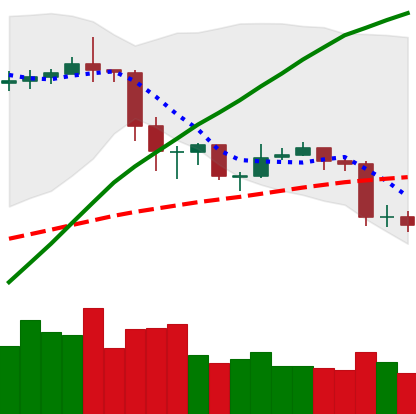
Ticker: ETC-USD
Chart end date: 2020-02-28
Forward return: 6.925%
Label: up_5_7